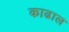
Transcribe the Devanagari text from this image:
काढाल